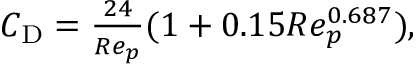
\begin{array} { r } { C _ { \mathrm { D } } = \frac { 2 4 } { R e _ { p } } ( 1 + 0 { . } 1 5 R e _ { p } ^ { 0 { . } 6 8 7 } ) , } \end{array}